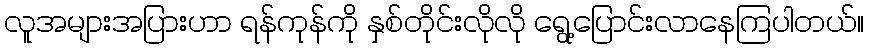
လူအများအပြားဟာ ရန်ကုန်ကို နှစ်တိုင်းလိုလို ရွေ့ပြောင်းလာနေကြပါတယ်။